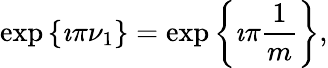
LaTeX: \exp\left\{ \imath\pi\nu_{1}\right\} =\exp\left\{ \imath\pi\frac{1}{m}\right\} ,